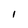
Character: I